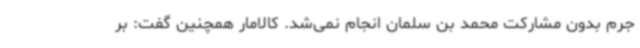
جرم بدون مشارکت محمد بن سلمان انجام نمی‌شد. کالامار همچنین گفت: بر